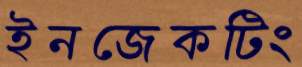
ইনজেকটিং